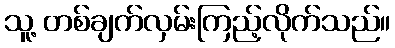
သူ့ တစ်ချက်လှမ်းကြည့်လိုက်သည်။